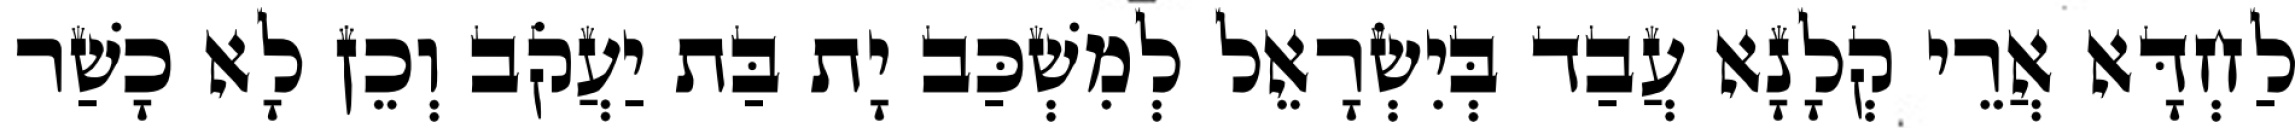
לַחְדָּא אֲרֵי קְלָנָא עֲבַד בְּיִשְׂרָאֵל לְמִשְׁכַּב יָת בַּת יַעֲקֹב וְכֵן לָא כָשַׁר